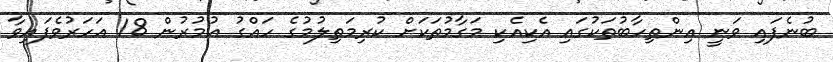
ބުނެފައި ވަނީ އިންތިހާބުތަކުގައި އެކިއެކި މަގާމުތަކަށް ކުރިމަތިލުމުގެ ހައްގު އުމުރުން 18 އަހަރުވެފައިވާ